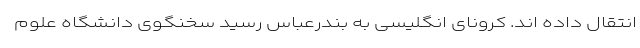
انتقال داده اند. کرونای انگلیسی به بندرعباس رسید سخنگوی دانشگاه علوم